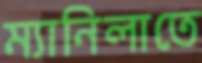
ম্যানিলাতে